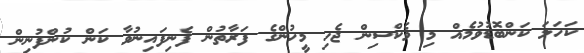
ކަހަލަ ކަންބޮޑުވުމެއް މި ވެކްސިން ޖެހި މީހުންގެ ފަރާތުން ފެނިފައިނުވާ ކަން ކުންފުނިން